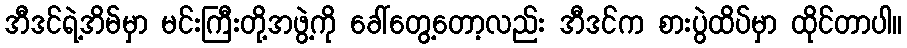
အီဒင်ရဲ့အိမ်မှာ မင်းကြီးတို့အဖွဲ့ကို ခေါ်တွေ့တော့လည်း အီဒင်က စားပွဲထိပ်မှာ ထိုင်တာပါ။